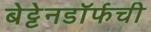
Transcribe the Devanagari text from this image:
बेट्टेनडॉर्फची